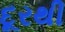
દૂરથી